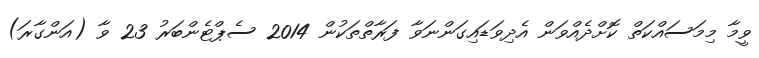
ވީމާ މިމަސައްކަތް ކޮށްދެއްވަން އެދިވަޑައިގަންނަވާ ފަރާތްތަކުން 2014 ސެޕްޓެންބަރު 23 ވާ (އަންގާރަ)